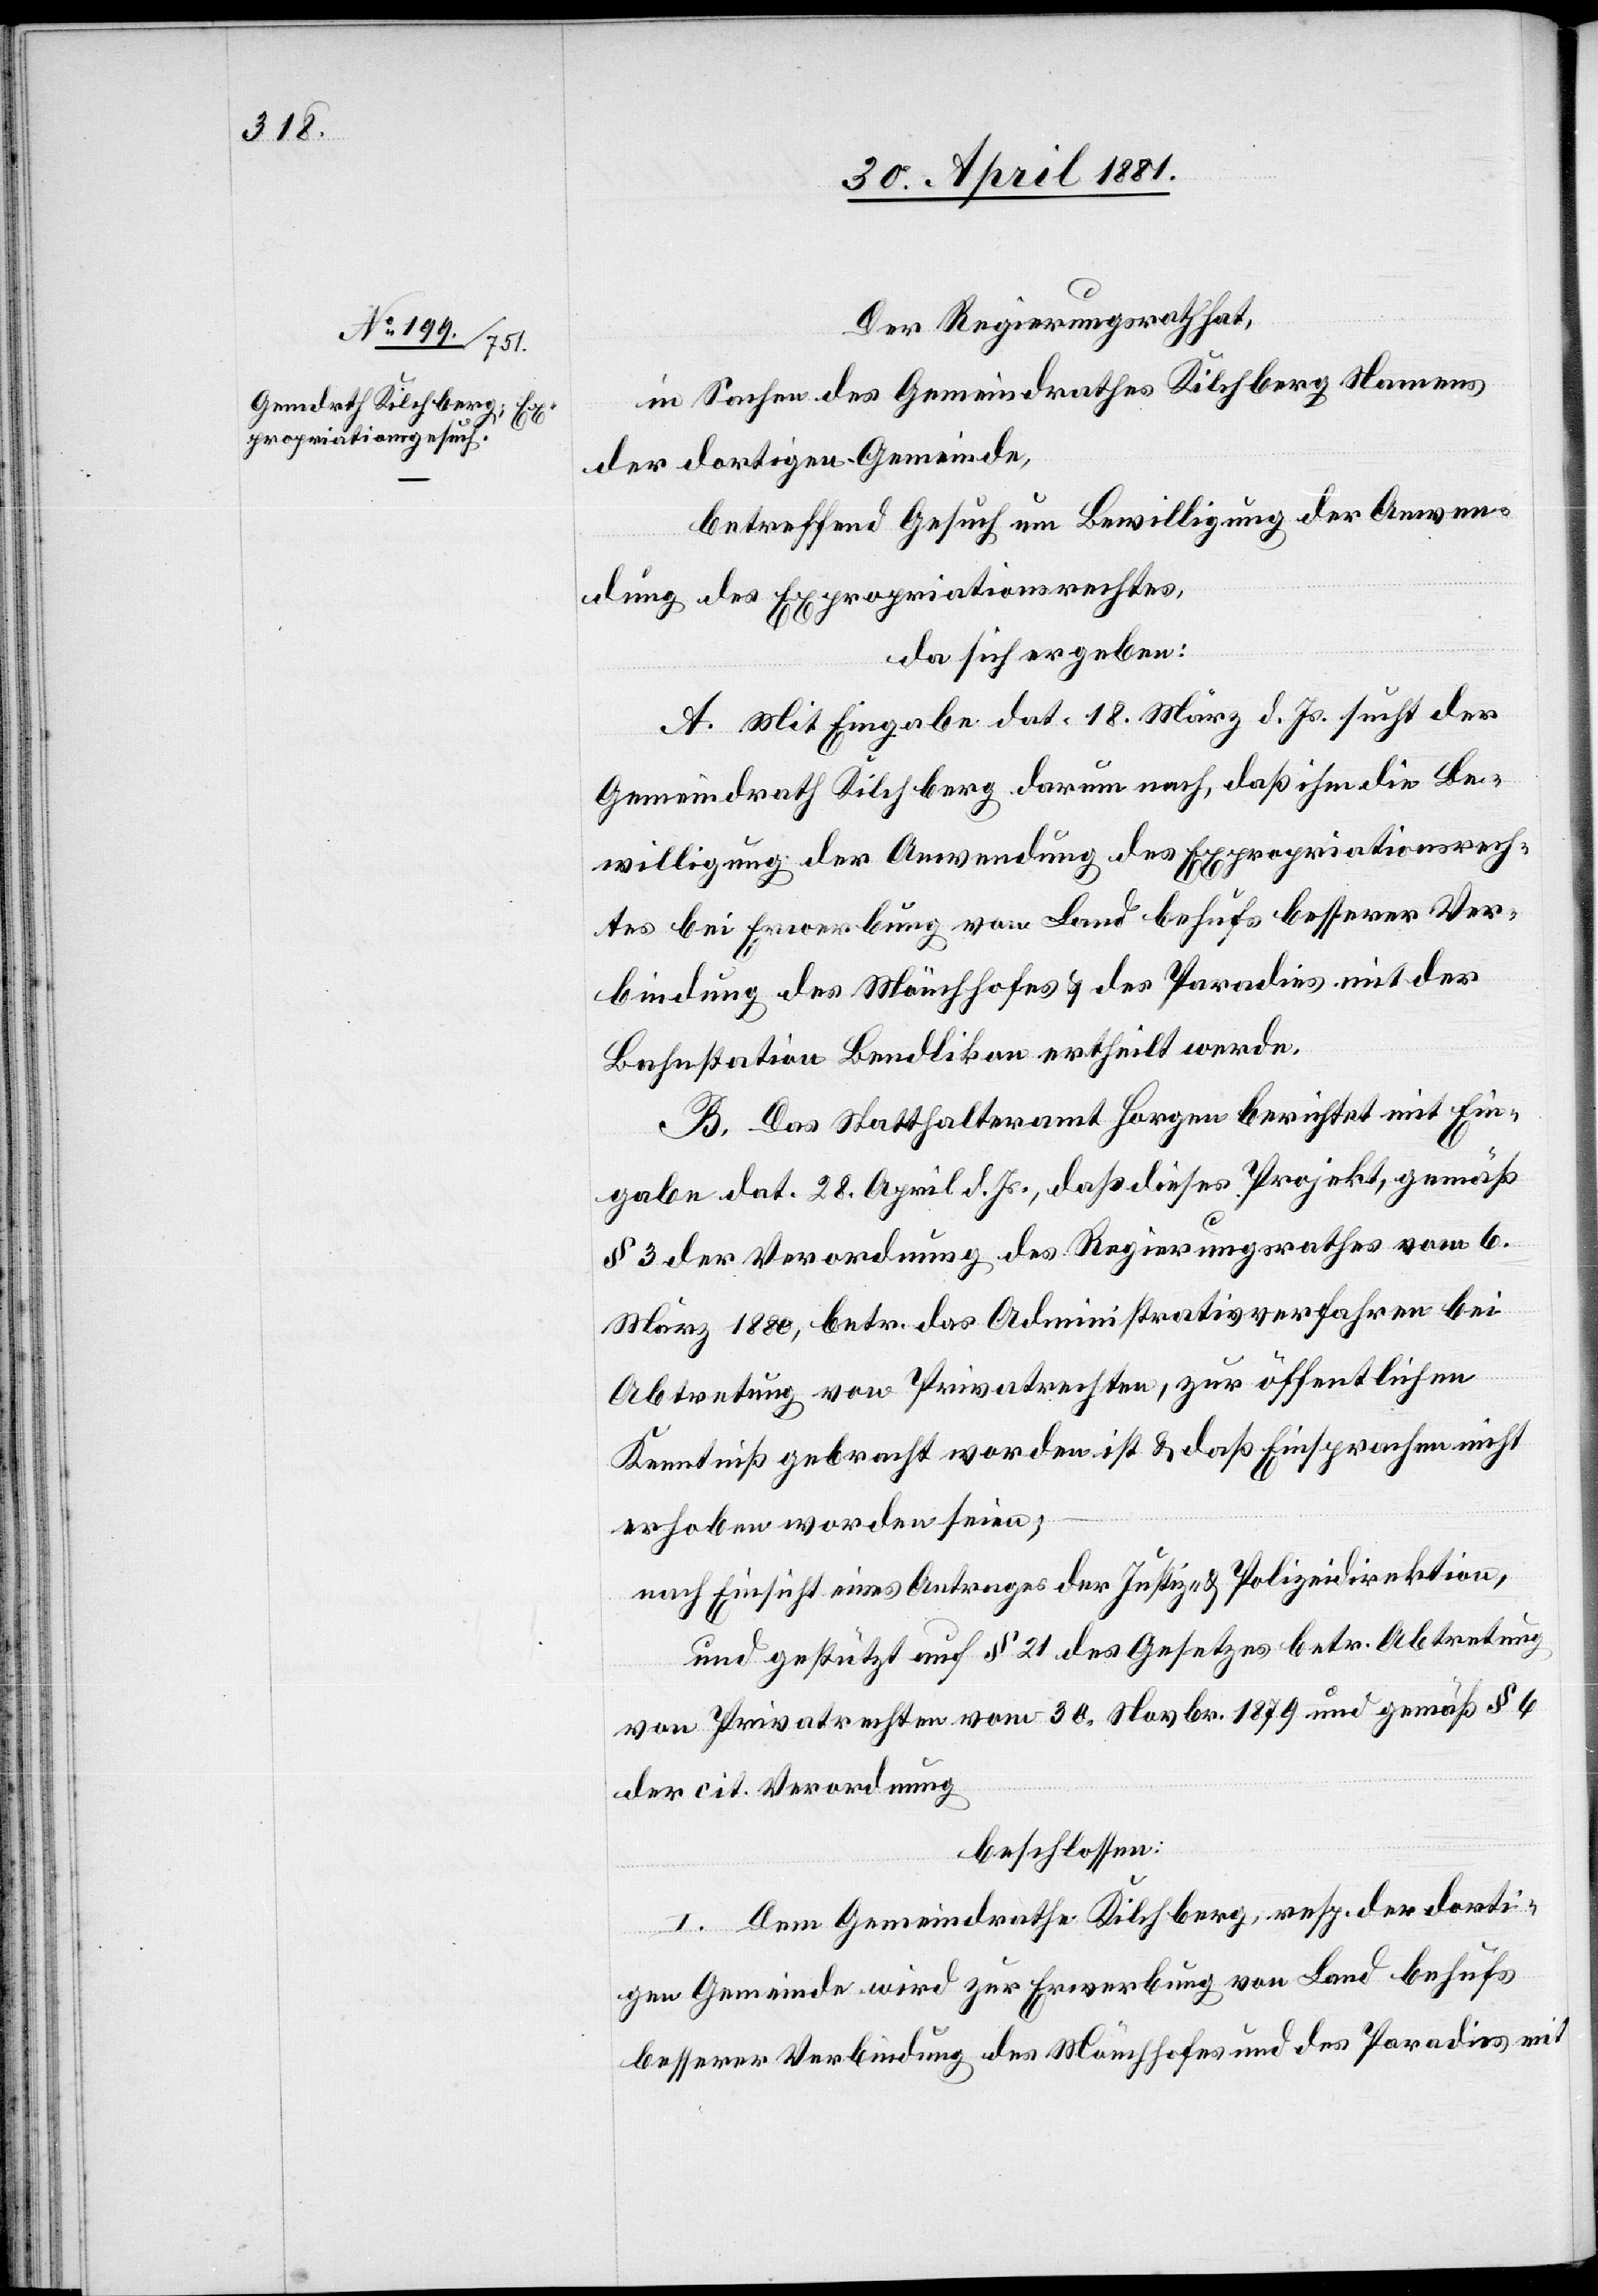
Der Regierungsrath,
in Sachen des Gemeindrathes Kilchberg Namens
der dortigen Gemeinde,
betreffend Gesuch um Bewilligung der Anwen¬
dung des Expropriationsrechtes,
da sich ergeben:
A. Mit Eingabe dat. 18. März d. Js. sucht der
Gemeindrath Kilchberg darum nach, daß ihm die Be¬
willigung der Anwendung des Expropriationsrech¬
tes bei Erwerbung von Land behufs besserer Ver¬
bindung des Mönchhofes & des Paradies mit der
Bahnstation Bendlikon ertheilt werde.
B. Das Statthalteramt Horgen berichtet mit Ein¬
gabe dat. 28. April d. Js., daß dieses Projekt, gemäß
§ 3 der Verordnung des Regierungsrathes vom 6.
März 1880, betr. das Administrativverfahren bei
Abtretung von Privatrechten, zur öffentlichen
Kenntniß gebracht worden ist & daß Einsprachen nicht
erhoben worden seien;
nach Einsicht eines Antrages der Justiz- & Polizeidirektion,
und gestützt auf § 21 des Gesetzes betr. Abtretung
von Privatrechten vom 30. Novbr. 1879 und gemäß § 6
der cit. Verordnung
beschlossen:
I. Dem Gemeindrathe Kilchberg, resp. der dorti¬
gen Gemeinde wird zur Erwerbung von Land behufs
besserer Verbindung des Mönchhofes und des Paradies mit